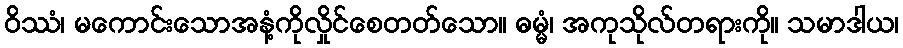
ဝိဿံ၊ မကောင်းသောအနံ့ကိုလှိုင်စေတတ်သော။ ဓမ္မံ၊ အကုသိုလ်တရားကို။ သမာဒါယ၊